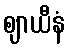
ဈာယီနံ